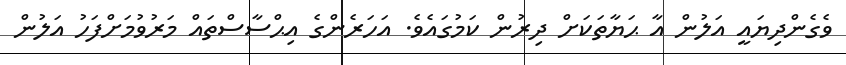
ވެގެންދިޔައީ އަލުން އާ ޙަޔާތަކަށް ދިރުން ކަމުގައެވެ. އަހަރެންގެ އިޙްސާސްތައް މަރުވުމަށްފަހު އަލުން